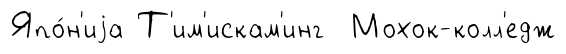
Япо́н'иjа Т'им'искам'инг Мохок-колл'едж